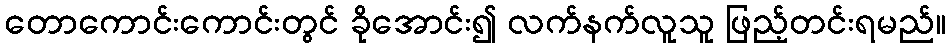
တောကောင်းကောင်းတွင် ခိုအောင်း၍ လက်နက်လူသူ ဖြည့်တင်းရမည်။